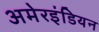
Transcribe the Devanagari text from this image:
अमेरइंडियन